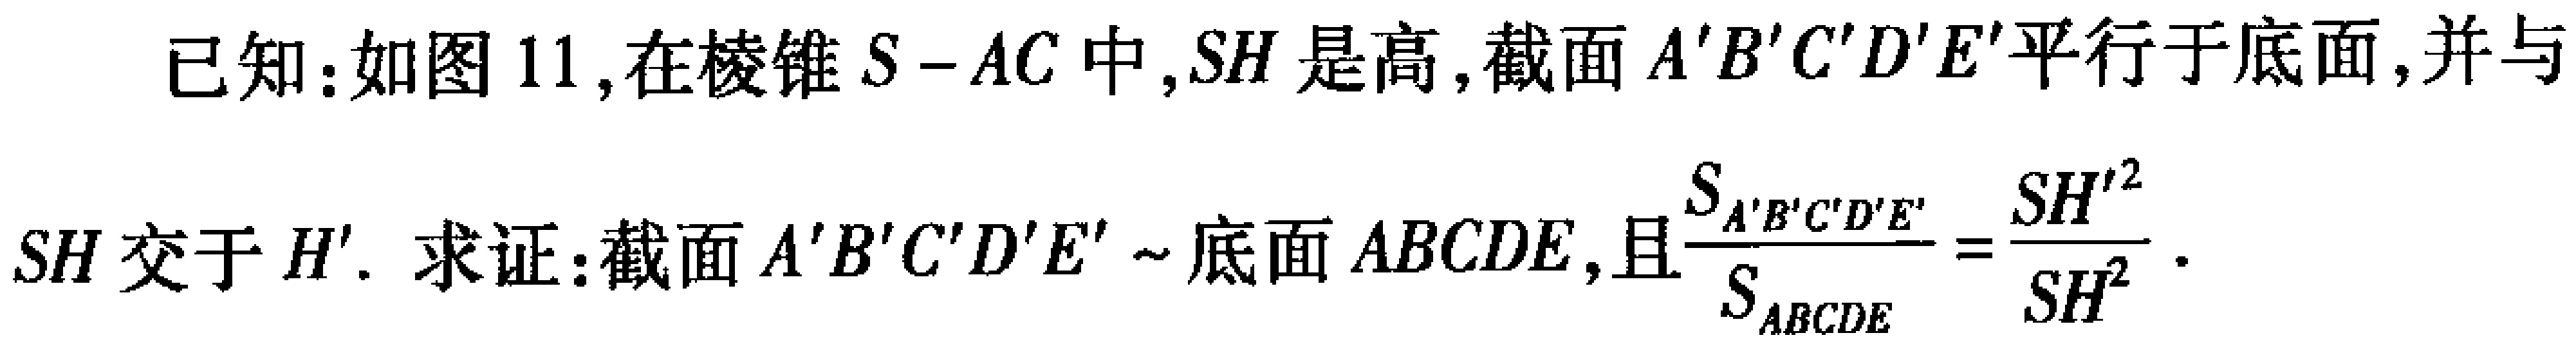
已知：如图 11,在棱锥 \(S - AC\) 中,\(SH\) 是高,截面 \(A'B'C'D'E'\) 平行于底面,并与 \(SH\) 交于 \(H'\). 求证：截面 \(A'B'C'D'E'\sim\)底面 \(ABCDE\),且\(\frac{S_{A'B'C'D'E'}}{S_{ABCDE}} = \frac{SH'^{2}}{SH^{2}}\).